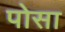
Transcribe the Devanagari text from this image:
पोसा